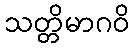
သတ္တိမာဂဝိ